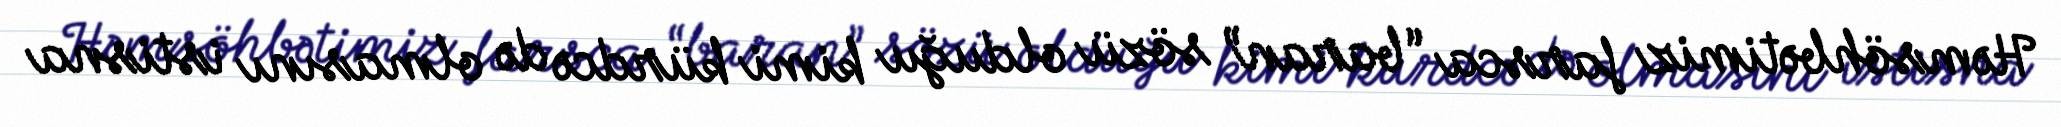
Həmsöhbətimiz farsca “baran” sözü olduğu kimi kürdcə də olmasını istisna